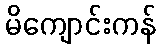
မိကျောင်းကန်